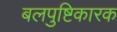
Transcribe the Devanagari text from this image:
बलपुष्टिकारक